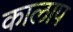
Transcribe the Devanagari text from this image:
कालाप